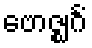
ဗောဇ္ဈင်္ဂံ